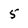
Character: 5